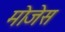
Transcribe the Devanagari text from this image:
मोजेस